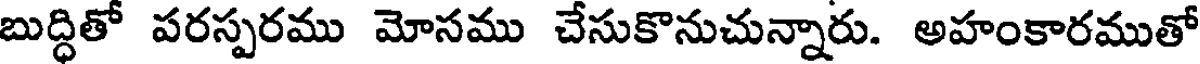
బుద్ధితో పరస్పరము మోసము చేసుకొనుచున్నారు. అహంకారముతో